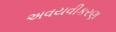
અવયવીકરણ